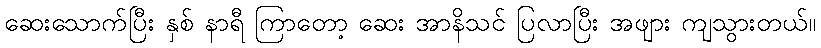
ဆေးသောက်ပြီး နှစ် နာရီ ကြာတော့ ဆေး အာနိသင် ပြလာပြီး အဖျား ကျသွားတယ်။